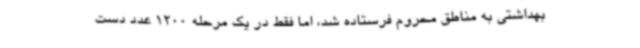
بهداشتی به مناطق محروم فرستاده شد، اما فقط در یک مرحله 1200 عدد دست